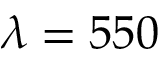
\lambda = 5 5 0